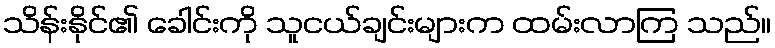
သိန်းနိုင်၏ ခေါင်းကို သူငယ်ချင်းများက ထမ်းလာကြ သည်။